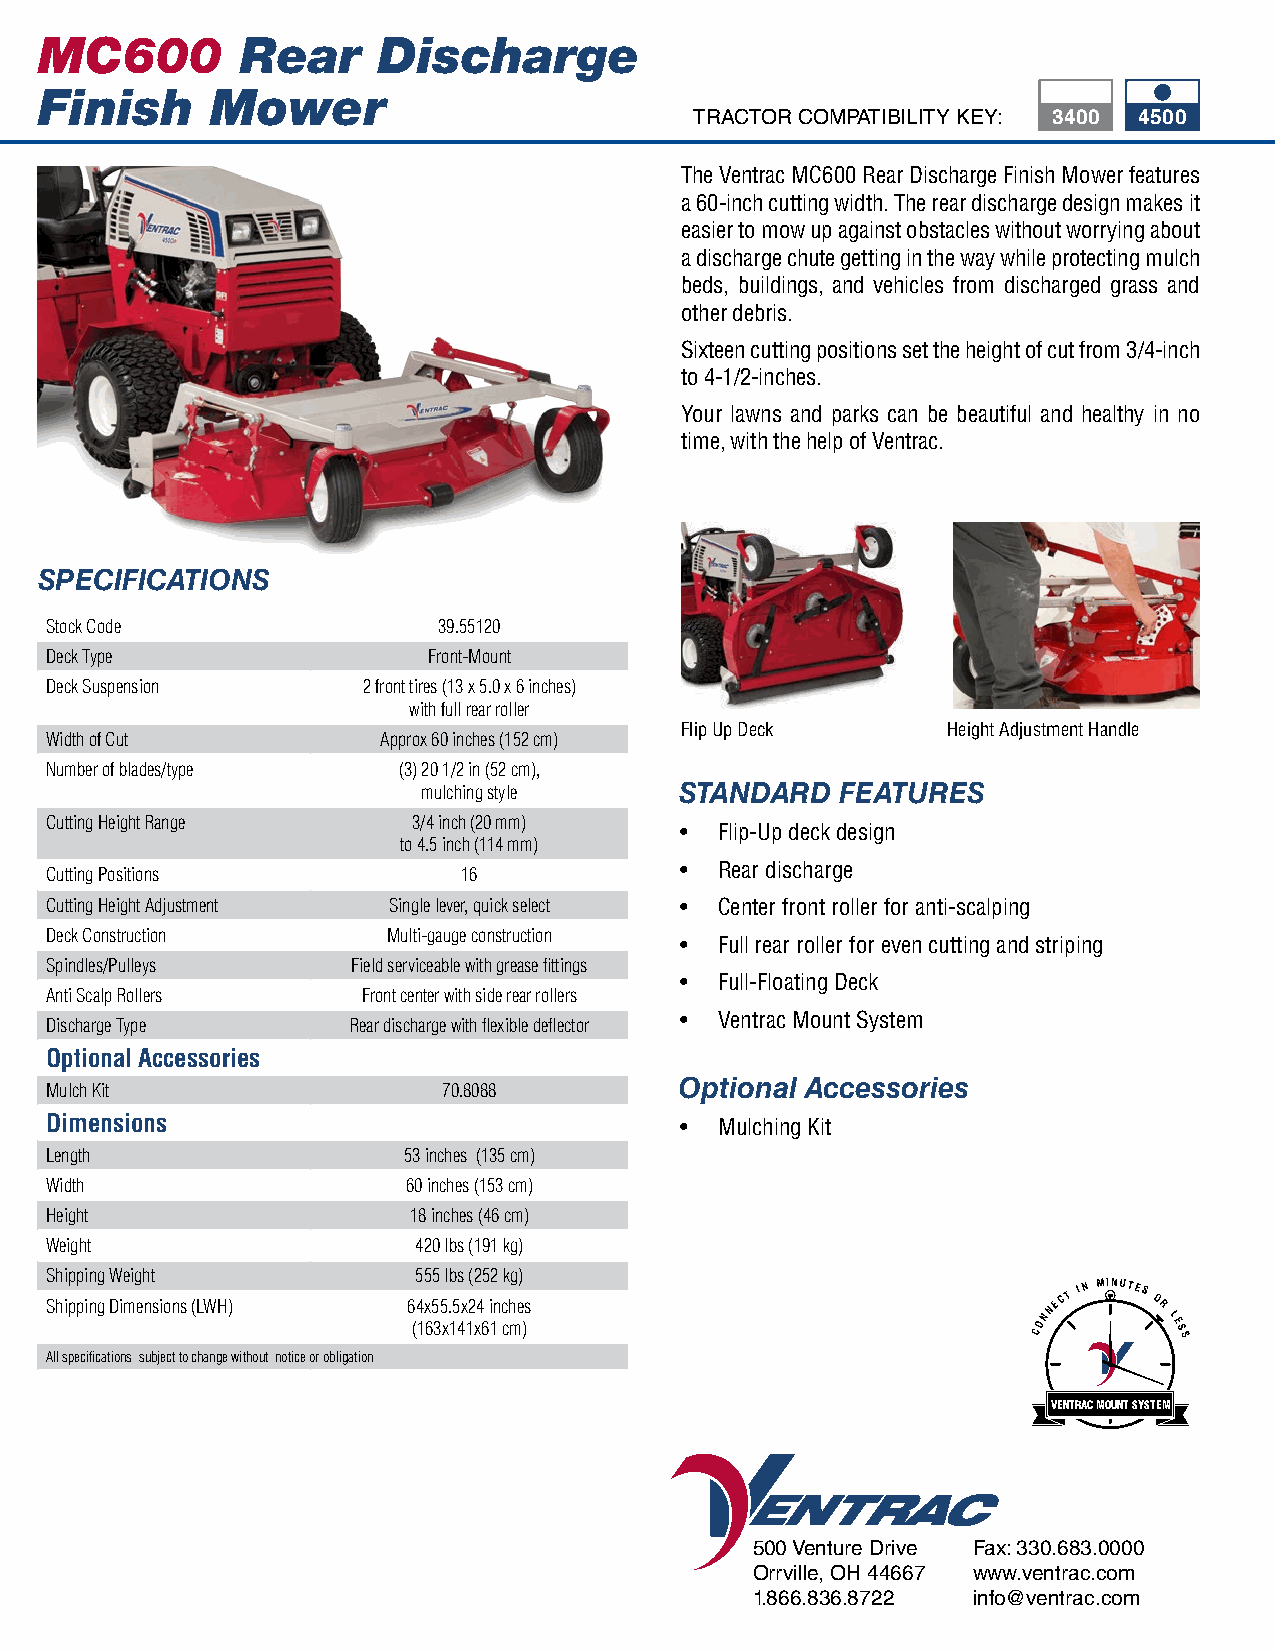
MC600         Rear     Discharge
 Finish      Mower
 TRACTOR COMPATIBILITY KEY: 3400 4500
 The Ventrac MC600 Rear Discharge Finish Mower features
 a 60-inch cutting width. The rear discharge design makes it
 easier to mow up against obstacles without worrying about
 a discharge chute getting in the way while protecting mulch
 beds, buildings, and vehicles from discharged grass and
 other debris.
 Sixteen cutting positions set the height of cut from 3/4-inch
 to 4-1/2-inches.
 Your lawns and parks can be beautiful and healthy in no
 time, with the help of Ventrac.
 SPECIFICATIONS
 Stock Code                39.55120
 Deck Type                Front-Mount
 Deck Suspension      2 front tires (13 x 5.0 x 6 inches)
 with full rear roller
 Flip Up Deck      Height Adjustment Handle
 Width of Cut          Approx 60 inches (152 cm)
 Number of blades/type  (3) 20 1/2 in (52 cm),
 mulching style   STANDARD   FEATURES
 Cutting Height Range    3/4 inch (20 mm)
 •  Flip-Up deck design
 to 4.5 inch (114 mm)
 •  Rear discharge
 Cutting Positions           16
 Cutting Height Adjustment Single lever, quick select • Center front roller for anti-scalping
 Deck Construction      Multi-gauge construction
 •  Full rear roller for even cutting and striping
 Spindles/Pulleys    Field serviceable with grease fittings
 •  Full-Floating Deck
 Anti Scalp Rollers   Front center with side rear rollers
 •  Ventrac Mount System
 Discharge Type      Rear discharge with flexible deflector
 Optional Accessories
 Optional Accessories
 Mulch Kit                 70.8088
 Dimensions                                •  Mulching Kit
 Length                  53 inches (135 cm)
 Width                   60 inches (153 cm)
 Height                  18 inches (46 cm)
 Weight                  420 lbs (191 kg)
 Shipping Weight         555 lbs (252 kg)
 Shipping Dimensions (LWH) 64x55.5x24 inches                       NECT
 IN MINUTES
 OR
 (163x141x61 cm)
 CON      L
 E S
 S
 All specifications subject to change without notice or obligation
 VENTRAC MOUNT SYSTEM
 500 Venture Drive Fax: 330.683.0000
 Orrville, OH 44667 www.ventrac.com
 1.866.836.8722 info@ventrac.com